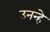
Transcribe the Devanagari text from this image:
उनन्हे